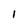
Character: 1